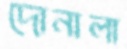
দোনালা